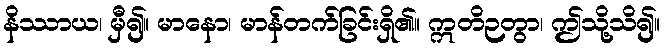
နိဿာယ၊ မှီ၍။ မာနော၊ မာန်တက်ခြင်းရှိ၏။ ဣတိဉတွာ၊ ဤသို့သိ၍။